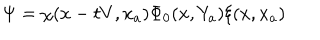
LaTeX: \Psi = \chi ( x - t V , x _ { a } ) \Phi _ { 0 } ( x , Y _ { a } ) \xi ( x , x _ { a } )